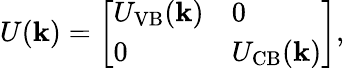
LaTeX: U(\mathbf{k})=\left[\begin{array}{ll}{U_{\mathrm{VB}}(\mathbf{k})}&{0}\\ {0}&{U_{\mathrm{CB}}(\mathbf{k})}\end{array}\right],